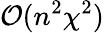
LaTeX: \mathcal{O}(n^{2}\chi^{2})